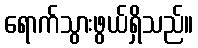
ရောက်သွားဖွယ်ရှိသည်။